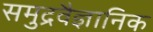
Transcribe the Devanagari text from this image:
समुद्रवैज्ञानिक